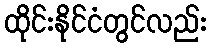
ထိုင်းနိုင်ငံတွင်လည်း